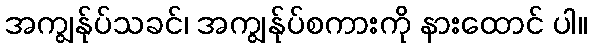
အကျွန်ုပ်သခင်၊ အကျွန်ုပ်စကားကို နားထောင် ပါ။